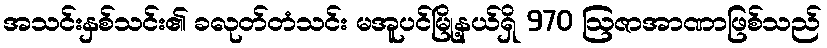
အသင်းနှစ်သင်း၏ ခလုတ်တံသင်း မအူပင်မြို့နယ်ရှိ 970 ဩဇာအာဏာဖြစ်သည်